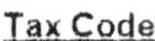
TAX CODE